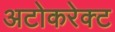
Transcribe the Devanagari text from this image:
अटोकरेक्ट